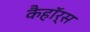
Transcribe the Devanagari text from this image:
कैहॉर्स